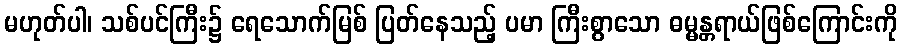
မဟုတ်ပါ၊ သစ်ပင်ကြီး၌ ရေသောက်မြစ် ပြတ်နေသည့် ပမာ ကြီးစွာသော ဓမ္မန္တရာယ်ဖြစ်ကြောင်းကို